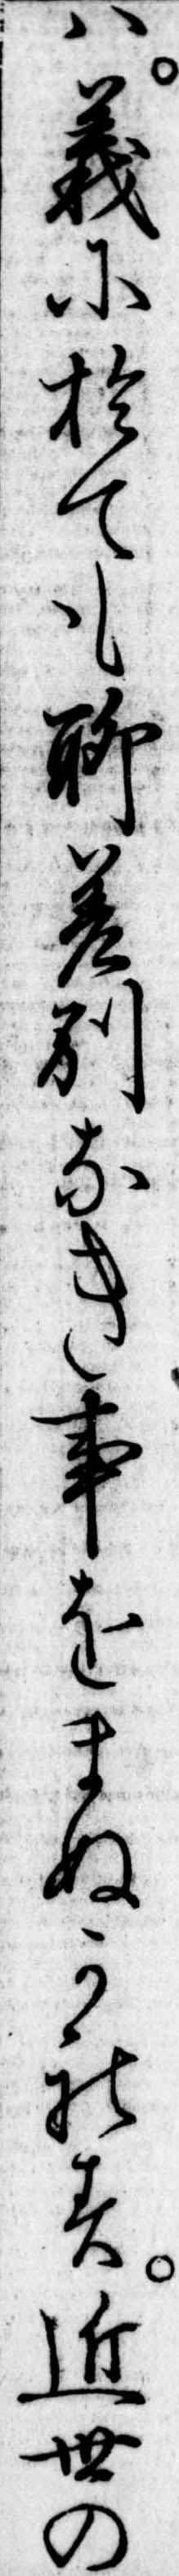
は義に於ても聊差別なき事をまぬかれす近世の